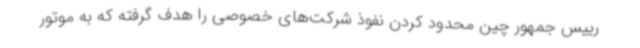
رییس جمهور چین محدود کردن نفوذ شرکت‌های خصوصی را هدف گرفته که به موتور